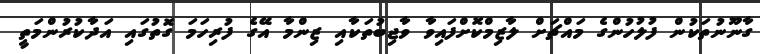
ގާނޫނުތަކުން ފުލުހުންގެ މައްޗަށް ލާޒިމްކޮށްފައިވާ ވާޖިބުތަކާއި ޒިންމާ އޭގެ ފުރިހަމަ ގޮތުގައި އަދާކުރުންމަތީ